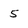
Character: 5